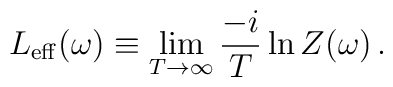
L_{{\rm eff}}(\omega) \equiv \lim_{T\to\infty} \frac{-i}{T} \ln Z(\omega) \,.